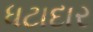
ધટાદાર